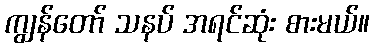
ကျွန်တော် သနပ် အရင်ဆုံး စားမယ်။